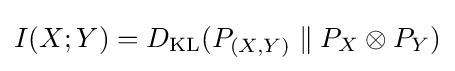
I(X;Y)=D_{\mathrm {KL} }(P_{(X,Y)}\parallel P_{X}\otimes P_{Y})